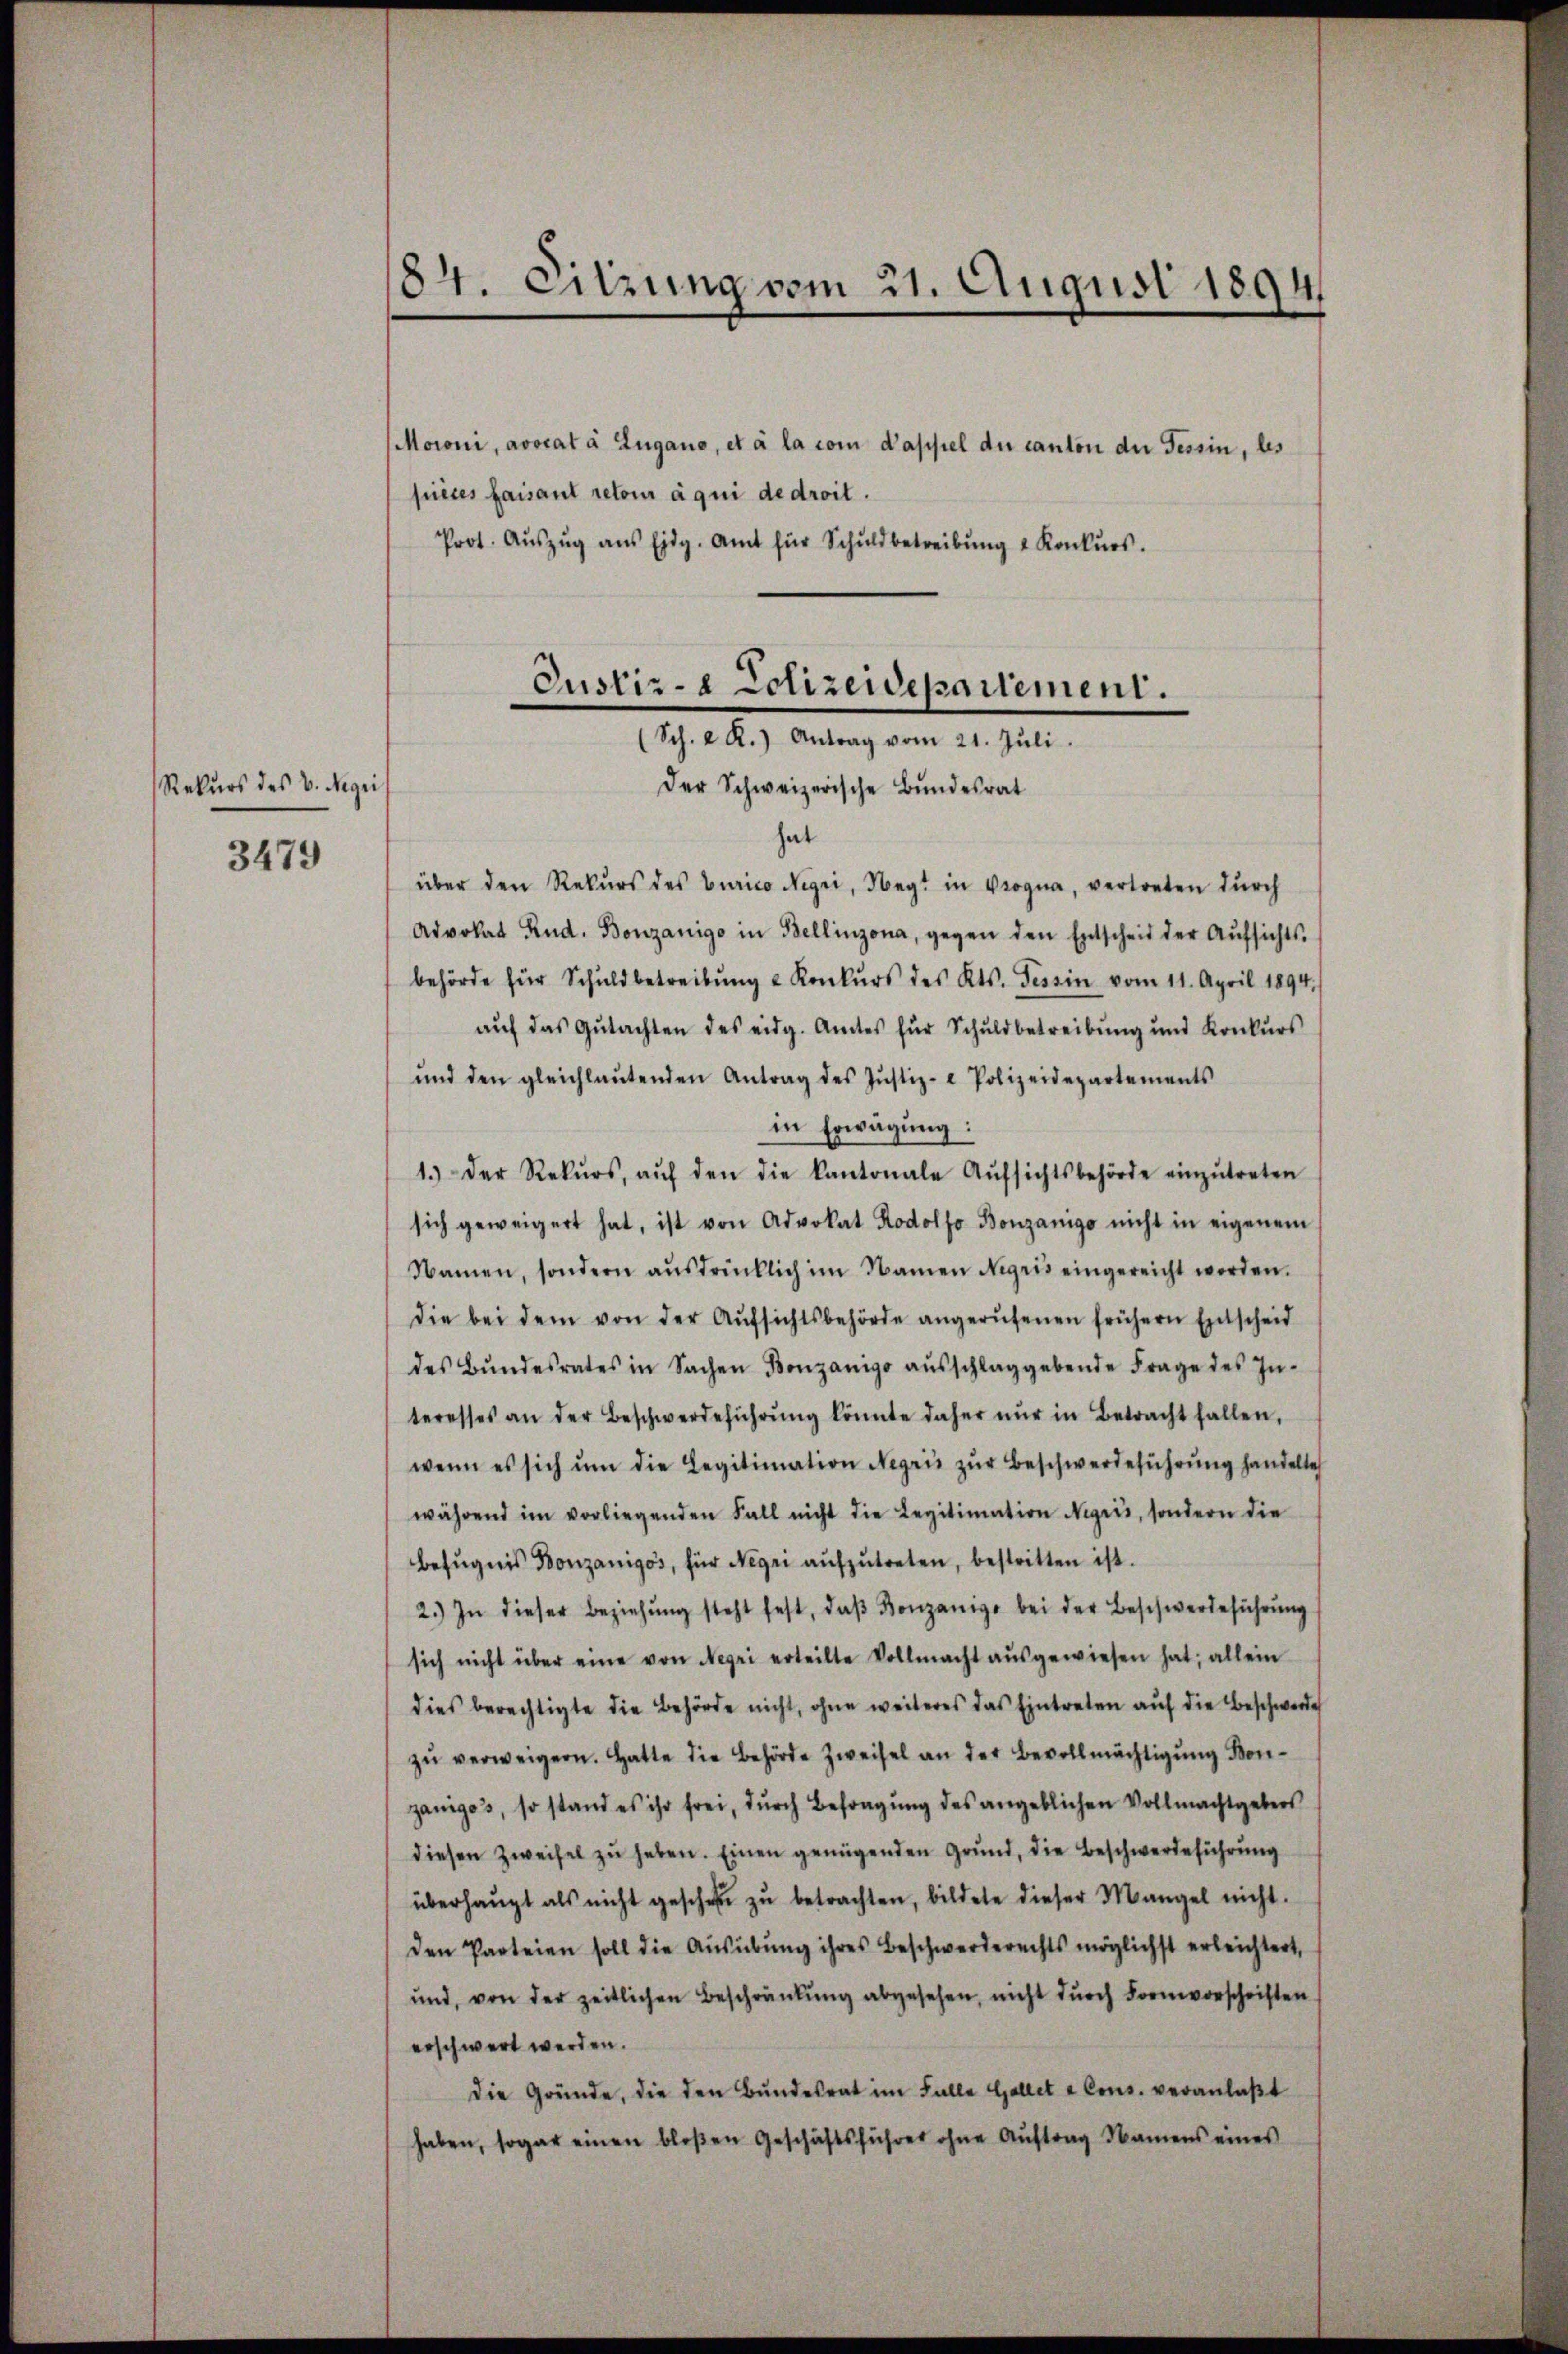
Rekurs des V. Regi
3479

Moroni, avocat à Zugano, et à la vom Kappel der canton der Tessin, bes
fuetes faisant retour à qui de droit.
Prot. Aŭszŭg aŭs Eidg. Amt für Schuldbetreibŭng u Konkŭrs.

84. Sitzung vom 21. August 1894

Justiz- & Polizeidepartement.
(Sch. a. R.) Antrag vom 21. Jŭli
Der Schweizerische Bundesrat

hat
über den Rekurs des Curico Negri, Negt in Progna, vertreten durch
Advokat Rud. Bonzanigo in Bellinzona, gegen den Entscheid der Aŭfsichts-
behörde für Schuldbetreibŭng u Konkŭrs des Kts. Tessin vom 11. April 1894.
auf das Gutachten des eidg. Amtes für Schuldbetreibung und Konkurs
ŭnd den gleichlaŭtenden Antrag des Jŭstiz- & Polizeidepartements
in Erwägung:
1.) Der Rekŭrs, aŭf den die kantonale Aŭfsichtsbehörde einzŭtreten
sich geweigert hat, ist von Advokat Rodoljo Bonzanigo nicht in eigenem
Namen, sondern aŭsdrücklich im Namen Nigris eingereicht worden.
die bei dem von der Aŭfsichtsbehörde angerŭfenen frühern Entscheid
des Bŭndesrates in Sachen Bonzanigo aŭsschlaggebende Frage des In-
teresses an der Beschwerdeführŭng könnte daher nŭr in Betracht fallen,
wenn es sich ŭm die Legitimation Negris zŭr Beschwerdeführŭng handelte
während im vorliegenden Fall nicht die Legitimation Nigris, sondern die
befŭgnis Donzanigos, für Negei aŭfzŭtreten, bestritten ist.
2.) In dieser Beziehŭng steht fest, daβ Bonzanige bei der Beschwerdeführung
sich nicht über eine von Negri erteilte Vollmacht aŭsgewiesen hat; allein
dies berechtigte die Behörde nicht, ohne weiteres das Eintreten auf die Beschwerde
zŭ verweigern. Hatte die Behörde Zweifel an der Bevollmächtigung Bonzaniges, so stand es ihr frei, durch Befragung des angeblichen Vollmachtgebers
diesen Zweifel zŭ haben. Einen genügenden Grund, die Beschwerdeführung
überhaupt als nicht gesche zu betrachten, bildete dieser Mangel nicht.
den Parteien soll die Aŭsübŭng ihres Beschwerderechts möglichst erleichtert,
und, von der zeitlichen Beschränkung abgesehen, nicht durch Formvorschriften
erschwert werden.
die Gründe, die den Bŭndesrat im Falle Gallet a Cons. veranlaßt
haben, sogar einen bloßen Geschäftsführer ohne Auftrag Namens eines